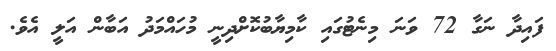
ފައިދާ ނަގާ 72 ވަނަ މިނެޓުގައި ކާމިޔާބުކޮށްދިނީ މުހައްމަދު އަބާން އަލީ އެވެ.